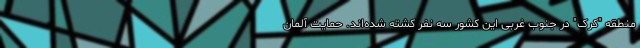
منطقه "کُرک" در جنوب غربی این کشور سه نفر کشته شده‌اند. حمایت آلمان